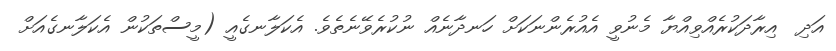
އަދި  އިރާދަކުރެއްވިއްޔާ މެނުވީ އެއުރެންނަކަށް ހަނދާނެއް ނުކުރެވޭނެތެވެ. އެކަލާނގެއީ (މީސްތަކުން އެކަލާނގެއަށް